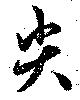
尖